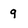
Character: 9